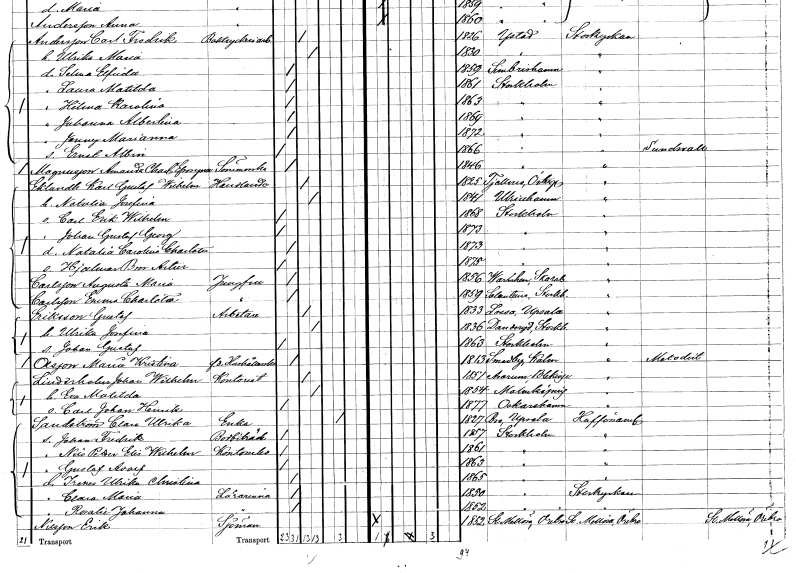
gt_parse: households: individuals: FN: Jenny Marianna
KON: K
CIV: O
FODAR: 1872
FODFORS: Stockholm
FN: Ernst Albin
KON: M
CIV: O
FODAR: 1866
FODFORS: Stockholm
FN: Amanda Charlotta Efrosyne
EN: Magnusson
YRKE: Sömmerska
KON: K
CIV: O
FODAR: 1846
FODFORS: Stockholm
FN: Karl Gustaf Wilhelm
EN: Eklundh
YRKE: Handlande
KON: M
CIV: G
FODAR: 1825
FODFORS: Tjällmo Östergötlands län
FN: Karl Gustaf Wilhelm
EN: Eklundh
YRKE: Handlande
KON: M
CIV: G
FODAR: 1825
FODFORS: Tjällmo Östergötlands län
FN: Natalia Josefina
KON: K
CIV: G
FODAR: 1841
FODFORS: Ulricehamn Älvsborgs län
FN: Carl Erik Wilhelm
KON: M
CIV: O
FODAR: 1868
FODFORS: Stockholm
FN: Johan Gustaf Georg
KON: M
CIV: O
FODAR: 1873
FODFORS: Stockholm
FN: Natalia Carolina Charlotta
KON: K
CIV: O
FODAR: 1873
FODFORS: Stockholm
FN: Hjalmar Bror Artur
KON: M
CIV: O
FODAR: 1875
FODFORS: Stockholm
FN: Augusta Maria
EN: Carlsson
YRKE: Jungfru
KON: K
CIV: O
FODAR: 1856
FODFORS: Varnhem Skaraborgs län
FN: Emma Charlotta
EN: Carlsson
YRKE: Jungfru
KON: K
CIV: O
FODAR: 1859
FODFORS: Sollentuna Stockholms län
FN: Gustaf
EN: Eriksson
YRKE: Arbetare
KON: M
CIV: G
FODAR: 1833
FODFORS: Lossa Stockholms län
FN: Ulrika Josefina
KON: K
CIV: G
FODAR: 1836
FODFORS: Danderyd Stockholms län
FN: Johan Gustaf
KON: M
CIV: O
FODAR: 1863
FODFORS: Stockholm
FN: Maria Kristina
EN: Olsson
YRKE: Hushållerska f.d.
KON: K
CIV: O
FODAR: 1813
FODFORS: Smedby Kalmar län
FN: Johan Wilhelm
EN: Linderholm
YRKE: Kontorist
KON: M
CIV: G
FODAR: 1851
FODFORS: Augerum Blekinge län
FN: Eva Matilda
KON: K
CIV: G
FODAR: 1854
FODFORS: Malmköping Södermanlands län
FN: Carl Johan Henrik
KON: M
CIV: O
FODAR: 1877
FODFORS: Oskarshamn Kalmar län
FN: Clara Ulrika
EN: Sandström
YRKE: Änka
KON: K
CIV: E
FODAR: 1827
FODFORS: Bro Stockholms län
FN: Johan Fredrik
YRKE: Bodbiträde
KON: M
CIV: O
FODAR: 1857
FODFORS: Stockholm
FN: Nils Petter Elis Wilhelm
YRKE: Kontorselev
KON: M
CIV: O
FODAR: 1861
FODFORS: Stockholm
FN: Gustaf Adolf
KON: M
CIV: O
FODAR: 1863
FODFORS: Stockholm
FN: Irenes Ulrika Christina
KON: K
CIV: O
FODAR: 1865
FODFORS: Stockholm
FN: Clara Maria
YRKE: Lärarinna
KON: K
CIV: O
FODAR: 1850
FODFORS: Stockholm
FN: Rosalie Johanna
YRKE: Lärarinna
KON: K
CIV: O
FODAR: 1852
FODFORS: Stockholm
FN: Erik
EN: Nilsson
YRKE: Sjöman
KON: M
CIV: O
FODAR: 1852
FODFORS: Stora Mellösa Örebro län